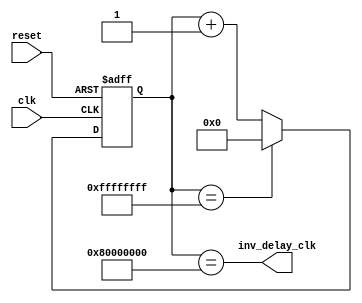
module Timing_Control (
   input wire clk,
   input wire reset,
   output wire inv_delay_clk
);

reg [31:0] counter;

always @ (posedge clk or posedge reset) begin
   if (reset) begin
      counter <= 32'h0;
   end else begin
      if (counter == 32'hFFFF_FFFF) begin
         counter <= 32'h0;
      end else begin
         counter <= counter + 1;
      end
   end
end

assign inv_delay_clk = (counter == 32'h8000_0000);

endmodule